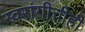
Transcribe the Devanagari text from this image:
स्वरांगीचीही